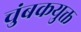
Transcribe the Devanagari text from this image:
चुंबकयुक्त